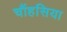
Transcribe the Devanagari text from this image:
चौंहसिया